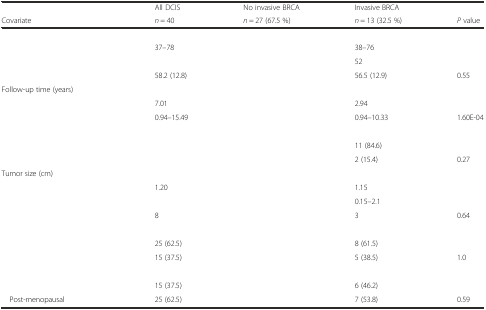
<table><thead><tr><td>[EMPTY_CELL]</td><td><b>All DCIS</b></td><td><b>No invasive BRCA</b></td><td><b>Invasive BRCA</b></td><td>[EMPTY_CELL]</td></tr><tr><td><b>Covariate</b></td><td><b><i>n</i> = 40</b></td><td><b><i>n</i> = 27 (67.5 %)</b></td><td><b><i>n</i> = 13 (32.5 %)</b></td><td><b><i>P</i> value</b></td></tr></thead><tbody><tr><td>[EMPTY_CELL]</td><td>[EMPTY_CELL]</td><td>[EMPTY_CELL]</td><td>[EMPTY_CELL]</td><td>[EMPTY_CELL]</td></tr><tr><td>[EMPTY_CELL]</td><td>37–78</td><td>[EMPTY_CELL]</td><td>38–76</td><td>[EMPTY_CELL]</td></tr><tr><td>[EMPTY_CELL]</td><td>[EMPTY_CELL]</td><td>[EMPTY_CELL]</td><td>52</td><td>[EMPTY_CELL]</td></tr><tr><td>[EMPTY_CELL]</td><td>58.2 (12.8)</td><td>[EMPTY_CELL]</td><td>56.5 (12.9)</td><td>0.55</td></tr><tr><td>Follow-up time (years)</td><td>[EMPTY_CELL]</td><td>[EMPTY_CELL]</td><td>[EMPTY_CELL]</td><td>[EMPTY_CELL]</td></tr><tr><td>[EMPTY_CELL]</td><td>7.01</td><td>[EMPTY_CELL]</td><td>2.94</td><td>[EMPTY_CELL]</td></tr><tr><td>[EMPTY_CELL]</td><td>0.94–15.49</td><td>[EMPTY_CELL]</td><td>0.94–10.33</td><td>1.60E-04</td></tr><tr><td>[EMPTY_CELL]</td><td>[EMPTY_CELL]</td><td>[EMPTY_CELL]</td><td>[EMPTY_CELL]</td><td>[EMPTY_CELL]</td></tr><tr><td>[EMPTY_CELL]</td><td>[EMPTY_CELL]</td><td>[EMPTY_CELL]</td><td>11 (84.6)</td><td>[EMPTY_CELL]</td></tr><tr><td>[EMPTY_CELL]</td><td>[EMPTY_CELL]</td><td>[EMPTY_CELL]</td><td>2 (15.4)</td><td>0.27</td></tr><tr><td>Tumor size (cm)</td><td>[EMPTY_CELL]</td><td>[EMPTY_CELL]</td><td>[EMPTY_CELL]</td><td>[EMPTY_CELL]</td></tr><tr><td>[EMPTY_CELL]</td><td>1.20</td><td>[EMPTY_CELL]</td><td>1.15</td><td>[EMPTY_CELL]</td></tr><tr><td>[EMPTY_CELL]</td><td>[EMPTY_CELL]</td><td>[EMPTY_CELL]</td><td>0.15–2.1</td><td>[EMPTY_CELL]</td></tr><tr><td>[EMPTY_CELL]</td><td>8</td><td>[EMPTY_CELL]</td><td>3</td><td>0.64</td></tr><tr><td>[EMPTY_CELL]</td><td>[EMPTY_CELL]</td><td>[EMPTY_CELL]</td><td>[EMPTY_CELL]</td><td>[EMPTY_CELL]</td></tr><tr><td>[EMPTY_CELL]</td><td>25 (62.5)</td><td>[EMPTY_CELL]</td><td>8 (61.5)</td><td>[EMPTY_CELL]</td></tr><tr><td>[EMPTY_CELL]</td><td>15 (37.5)</td><td>[EMPTY_CELL]</td><td>5 (38.5)</td><td>1.0</td></tr><tr><td>[EMPTY_CELL]</td><td>[EMPTY_CELL]</td><td>[EMPTY_CELL]</td><td>[EMPTY_CELL]</td><td>[EMPTY_CELL]</td></tr><tr><td>[EMPTY_CELL]</td><td>15 (37.5)</td><td>[EMPTY_CELL]</td><td>6 (46.2)</td><td>[EMPTY_CELL]</td></tr><tr><td> Post-menopausal</td><td>25 (62.5)</td><td>[EMPTY_CELL]</td><td>7 (53.8)</td><td>0.59</td></tr></tbody></table>